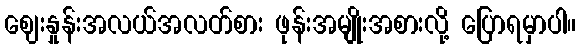
ဈေးနှုန်းအလယ်အလတ်စား ဖုန်းအမျိုးအစားလို့ ပြောရမှာပါ။